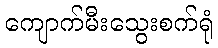
ကျောက်မီးသွေးစက်ရုံ